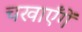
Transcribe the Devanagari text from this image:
चखाएँगें